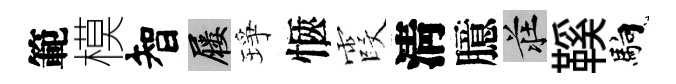
範模智屨琤愜霞淸臆莊鞵馿